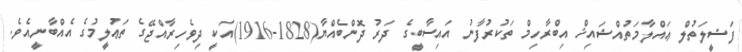
ފަޟީލަތުލް ޢައްލާމަތުއްޝައިޚް އިބްރާހިމް ތަކުރުފާނު އައިސާބީގެ ދަރު ދޮންބެއްޔާ(1828-1916)އަކީ ދިވެހިރާއްޖޭގެ ތަޢުލީމުގެ އެއްބާނީއެވެ.